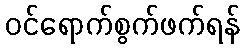
ဝင်ရောက်စွက်ဖက်ရန်